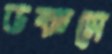
ডকসে